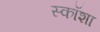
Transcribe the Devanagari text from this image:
स्कॉशा